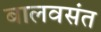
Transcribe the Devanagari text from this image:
बालवसंत